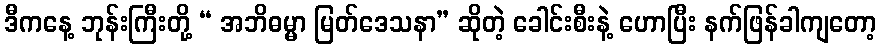
ဒီကနေ့ ဘုန်းကြီးတို့ “ အဘိဓမ္မာ မြတ်ဒေသနာ” ဆိုတဲ့ ခေါင်းစီးနဲ့ ဟောပြီး နက်ဖြန်ခါကျတော့